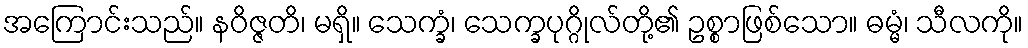
အကြောင်းသည်။ နဝိဇ္ဇတိ၊ မရှိ။ သေက္ခံ၊ သေက္ခပုဂ္ဂိုလ်တို့၏ ဥစ္စာဖြစ်သော။ ဓမ္မံ၊ သီလကို။